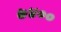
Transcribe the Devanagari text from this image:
७४००